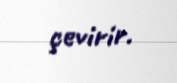
çevirir.